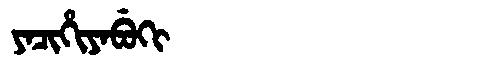
Manchu: ᠶᠠᠴᡳᡥᡳᠶᠠᠪᡠᡴᡳ
Romanization: YACIHIYABUKI